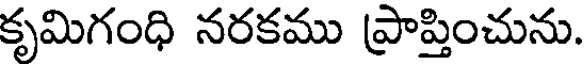
కృమిగంధి నరకము ప్రాప్తించును.